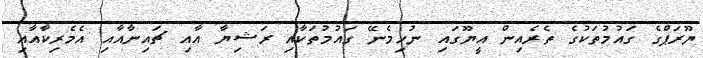
ޔޫރަޕްގެ ގައުމުތަކުގެ ތެރެއިން އީޔޫގައި ނުހިމެނޭ ގައުމުތަކާއި ރަޝިޔާ އާއި ޗައިނާއާއި އެމެރިކާއާއި